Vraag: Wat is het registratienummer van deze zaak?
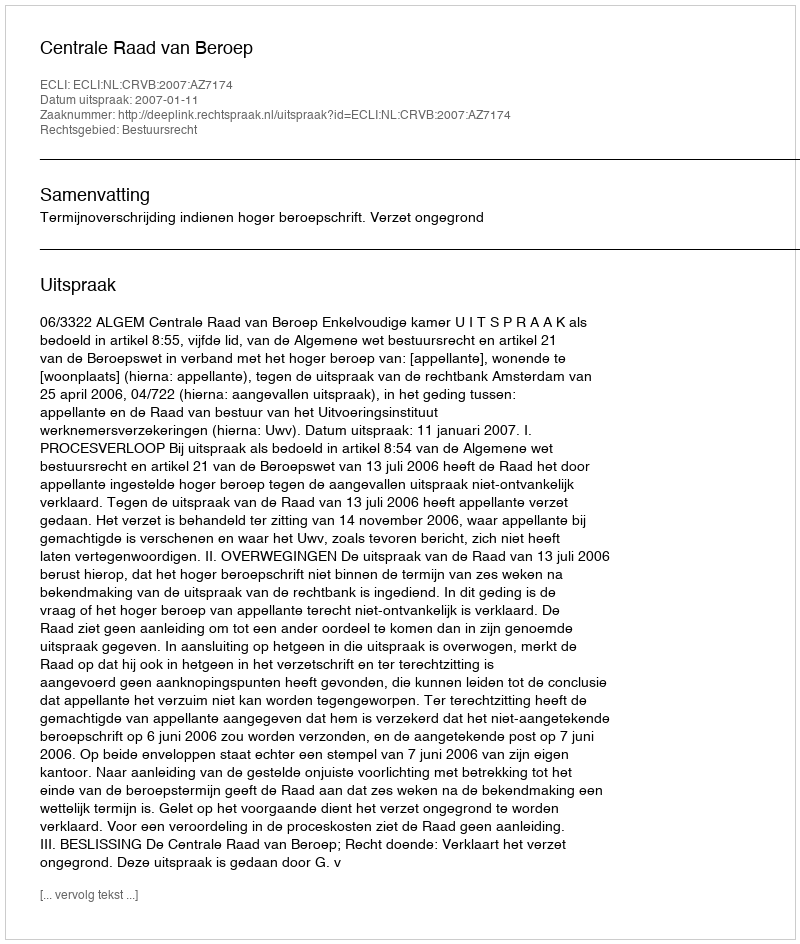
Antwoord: http://deeplink.rechtspraak.nl/uitspraak?id=ECLI:NL:CRVB:2007:AZ7174